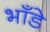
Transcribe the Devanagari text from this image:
भाँडे